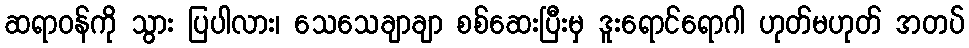
ဆရာဝန်ကို သွား ပြပါလား၊ သေသေချာချာ စစ်ဆေးပြီးမှ ဒူးရောင်ရောဂါ ဟုတ်မဟုတ် အတပ်